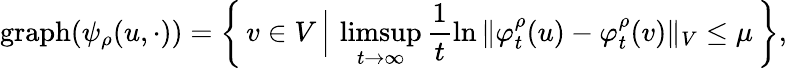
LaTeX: \mathrm{graph}(\psi_{\rho}(u,\cdot))=\left\{ \, v\in V\, \Big\vert\, \operatorname*{limsup}_{t\to\infty}\frac{1}{t}\ln{\Vert\varphi_{t}^{\rho}(u)-\varphi_{t}^{\rho}(v)\Vert_{V}}\leq\mu\, \right\} ,